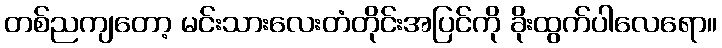
တစ်ညကျတော့ မင်းသားလေးတံတိုင်းအပြင်ကို ခိုးထွက်ပါလေရော။